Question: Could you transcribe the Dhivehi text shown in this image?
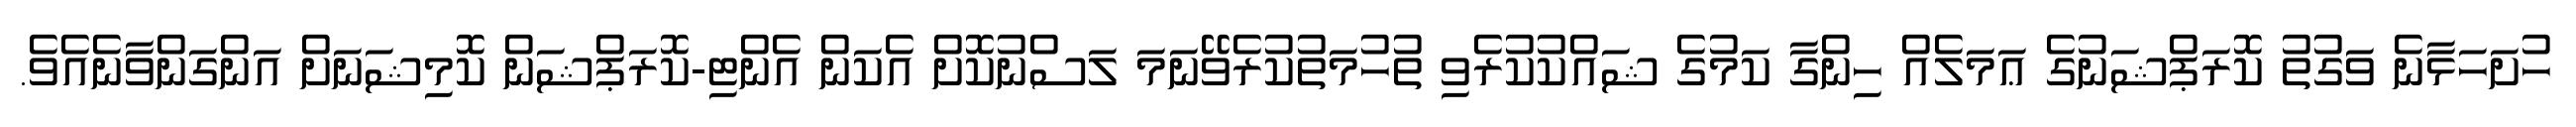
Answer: ހުށަހަޅާނެ ވަގުތު ކޮރަޕްޝަނުގެ ޢަމަލެއް ހިންގާ ކަމުގެ ޝައްކުކުރެވި ތުހުމަތުކުރެވޭނަމަ ލަސްނުކޮށް އެކަން އެންޓި-ކޮރަޕްޝަން ކޮމިޝަނަށް އަންގަންވާނެއެވެ.